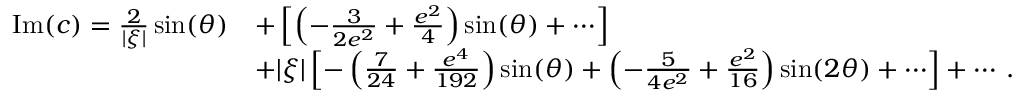
\begin{array} { r l } { \mathrm { I m } ( c ) = { \frac { 2 } { | \xi | } } \sin ( \theta ) } & { + \left[ \left( - { \frac { 3 } { 2 e ^ { 2 } } } + { \frac { e ^ { 2 } } { 4 } } \right) \sin ( \theta ) + \cdots \right] } \\ & { + | \xi | \left[ - \left( { \frac { 7 } { 2 4 } } + { \frac { e ^ { 4 } } { 1 9 2 } } \right) \sin ( \theta ) + \left( - { \frac { 5 } { 4 e ^ { 2 } } } + { \frac { e ^ { 2 } } { 1 6 } } \right) \sin ( 2 \theta ) + \cdots \right] + \cdots \, . } \end{array}